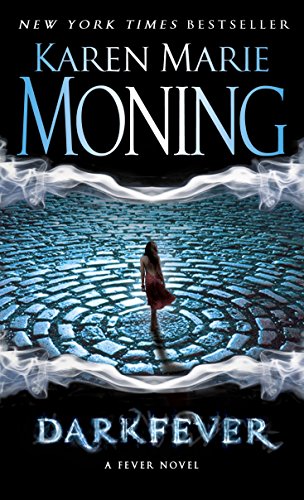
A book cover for Darkfever (Fever Series, Book 1); Karen Marie Moning; Romance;